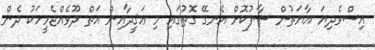
އިސްވެދިޔަ އާޔަތުން ސާފުކޮށް އެނގޭ ގޮތުގައި މި ޢަޤީދާއިން އަތް ދޫވެއްޖެމީހަކު ދެން